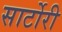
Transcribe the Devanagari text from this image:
सार्टोरी